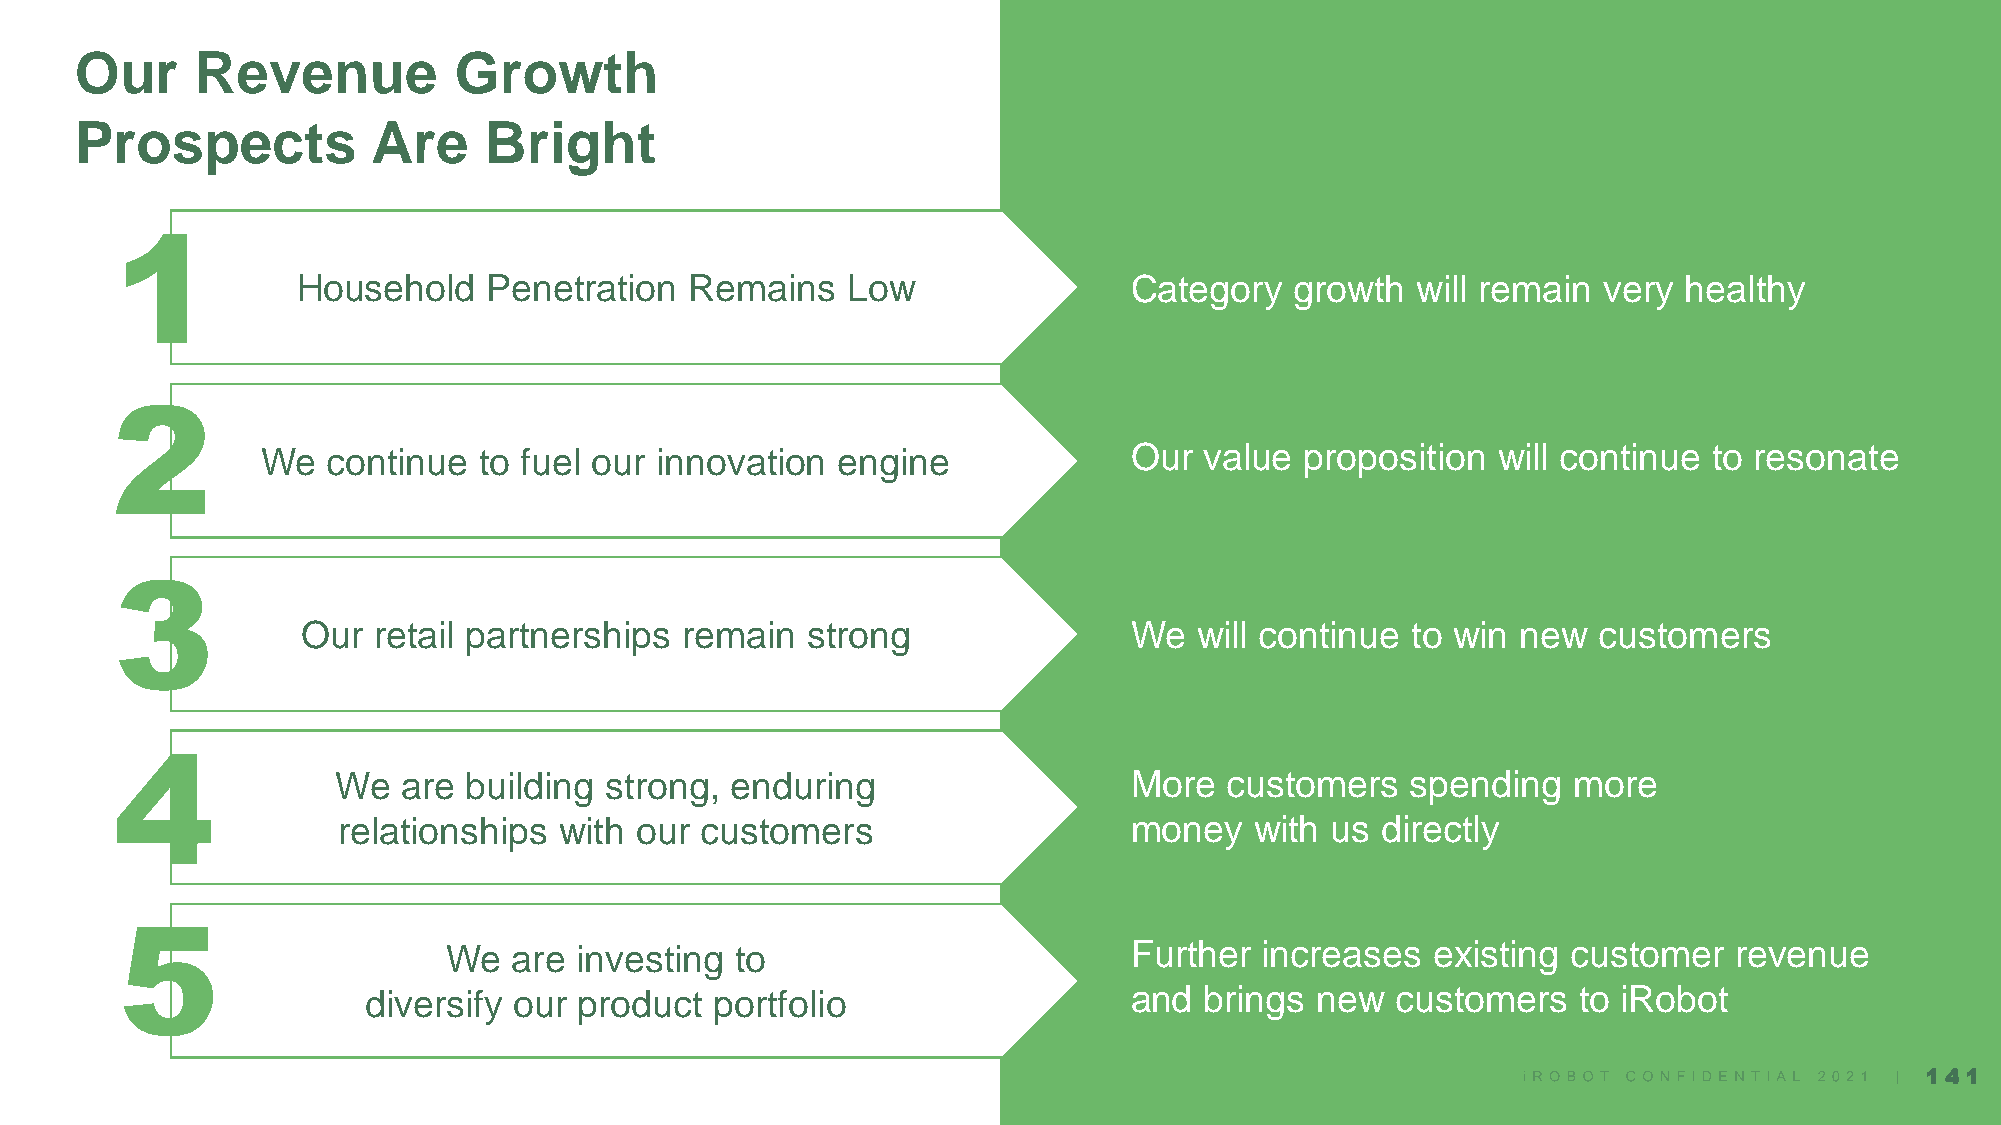
Our     Revenue          Growth
 Prospects           Are    Bright
 1
 Household   Penetration   Remains   Low                Category   growth  will remain very  healthy
 2
 We   continue  to fuel our innovation engine              Our  value proposition  will continue to resonate
 3
 Our  retail partnerships remain  strong                We  will continue to win  new  customers
 4
 We   are building strong, enduring                   More  customers   spending   more
 relationships  with our customers                    money   with us directly
 5
 We   are investing  to                        Further  increases  existing customer   revenue
 diversify our product  portfolio                   and  brings new  customers   to iRobot
 141